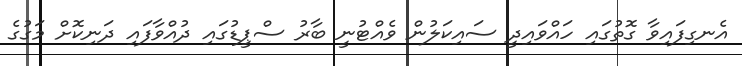
އެނގިފައިވާ ގޮތުގައި ހައްވައިދީ ސައިކަލުން ވެއްޓުނީ ބާރު ސްޕީޑުގައި ދުއްވާފައި ދަނިކޮށް މަގުގެ